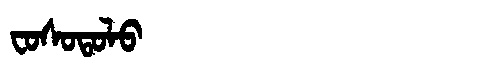
Manchu: ᠸᠣᠰᠣᡨᠣᠯᠣ
Romanization: FOSOTOLO